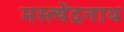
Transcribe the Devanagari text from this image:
मस्त्येंद्रनाथ